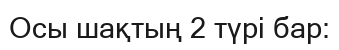
Осы шақтың 2 түрі бар: